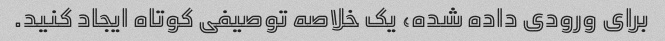
برای ورودی داده شده، یک خلاصه توصیفی کوتاه ایجاد کنید.